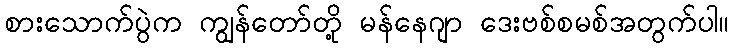
စားသောက်ပွဲက ကျွန်တော်တို့ မန်နေဂျာ ဒေးဗစ်စမစ်အတွက်ပါ။